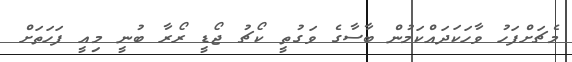
މެޗަށްފަހު ވާހަކަދައްކަމުން ބާސާގެ ވަގުތީ ކޯޗު ޖޯޑީ ރޯރާ ބުނީ މިއީ ފަހަތަށް